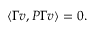
\langle \Gamma v , P \Gamma v \rangle = 0 .